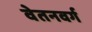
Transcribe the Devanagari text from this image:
वेतनवर्ग